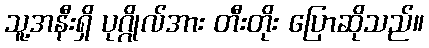
သူ့အနီးရှိ ပုဂ္ဂိုလ်အား တီးတိုး ပြောဆိုသည်။